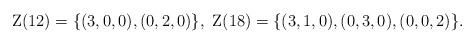
LaTeX: \begin{align*} \mathrm{Z}(12)=\{(3,0,0),(0,2,0)\},\ \mathrm{Z}(18)=\{(3,1,0),(0,3,0),(0,0,2)\}. \end{align*}